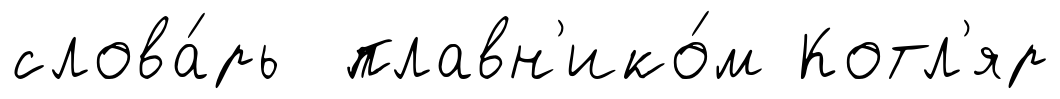
слова́рь плавн'ико́м Котл'яр